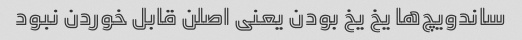
ساندویچ‌ها یخ یخ بودن یعنی اصلن قابل خوردن نبود